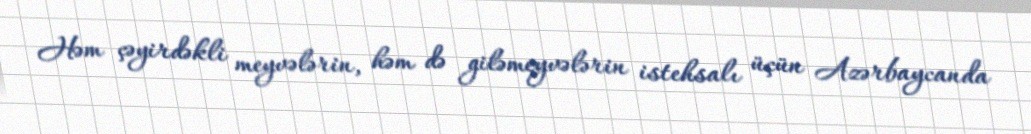
Həm çəyirdəkli meyvələrin, həm də giləmeyvələrin istehsalı üçün Azərbaycanda